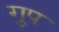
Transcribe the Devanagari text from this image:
गु्प